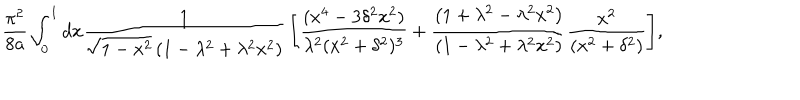
LaTeX: { \frac { \pi ^ { 2 } } { 8 a } } \int _ { 0 } ^ { 1 } { d x { \frac { 1 } { \sqrt { 1 - x ^ { 2 } } \left( 1 - \lambda ^ { 2 } + \lambda ^ { 2 } x ^ { 2 } \right) } } \left[ { \frac { ( x ^ { 4 } - 3 \delta ^ { 2 } x ^ { 2 } ) } { \lambda ^ { 2 } ( x ^ { 2 } + \delta ^ { 2 } ) ^ { 3 } } } + { \frac { \left( 1 + \lambda ^ { 2 } - \lambda ^ { 2 } x ^ { 2 } \right) } { \left( 1 - \lambda ^ { 2 } + \lambda ^ { 2 } x ^ { 2 } \right) } } { \frac { x ^ { 2 } } { ( x ^ { 2 } + \delta ^ { 2 } ) } } \right] } ,